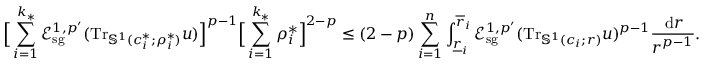
\Big [ \sum _ { i = 1 } ^ { k _ { * } } \mathcal E _ { \mathrm { s g } } ^ { 1 , p ^ { \prime } } ( \mathrm { T r } _ { \mathbb S ^ { 1 } ( c _ { i } ^ { * } ; \rho _ { i } ^ { * } ) } u ) \Big ] ^ { p - 1 } \Big [ \sum _ { i = 1 } ^ { k _ { * } } \rho _ { i } ^ { * } \Big ] ^ { 2 - p } \leq ( 2 - p ) \sum _ { i = 1 } ^ { n } \int _ { \underline { { r } } _ { i } } ^ { \overline { { r } } _ { i } } \mathcal E _ { \mathrm { s g } } ^ { 1 , p ^ { \prime } } ( \mathrm { T r } _ { \mathbb S ^ { 1 } ( c _ { i } ; r ) } u ) ^ { p - 1 } \frac { \, \mathrm d r } { r ^ { p - 1 } } .